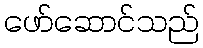
ဖော်ဆောင်သည်